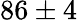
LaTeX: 86\pm 4